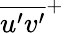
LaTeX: \overline{{u^{\prime}v^{\prime}}}^{+}